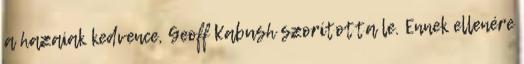
a hazaiak kedvence, Geoff Kabush szorította le. Ennek ellenére